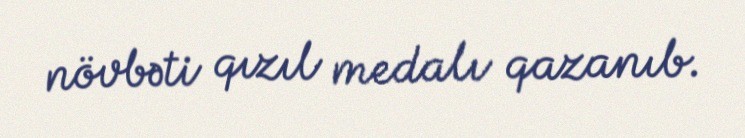
növbəti qızıl medalı qazanıb.